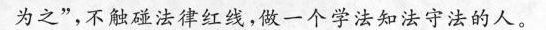
之”，不触碰法律红线，做一个学法知法守法的人。